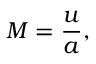
M = { \frac { u } { a } } ,